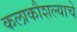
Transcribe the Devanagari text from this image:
कलाकौशल्याचे